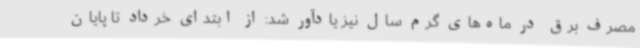
مصرف برق در ماه‌های گرم سال نیز یادآور شد: از ابتدای خرداد تا پایان